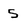
Character: 5